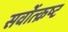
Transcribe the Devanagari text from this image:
सर्वोत्‍क्रष्‍ट